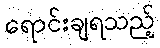
ရောင်းချရသည့်